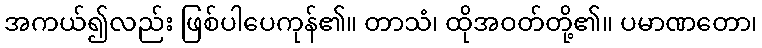
အကယ်၍လည်း ဖြစ်ပါပေကုန်၏။ တာသံ၊ ထိုအဝတ်တို့၏။ ပမာဏတော၊